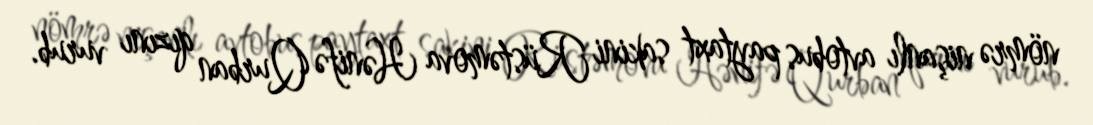
nömrə nişanlı avtobus paytaxt sakini Rüstəmova Hənifə Qurban qızını vurub.